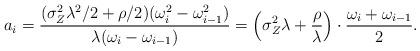
LaTeX: \begin{align*}a_i=\frac{(\sigma_Z^2\lambda^2/2+\rho/2)(\omega_i^2-\omega_{i-1}^2)} {\lambda(\omega_i-\omega_{i-1})}=\left(\sigma_Z^2\lambda+\frac{\rho}{\lambda}\right)\cdot\frac{\omega_i+\omega_{i-1}}{2}.\end{align*}